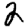
Digit: 2